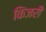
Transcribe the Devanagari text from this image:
किंजरी